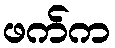
ဖက်က